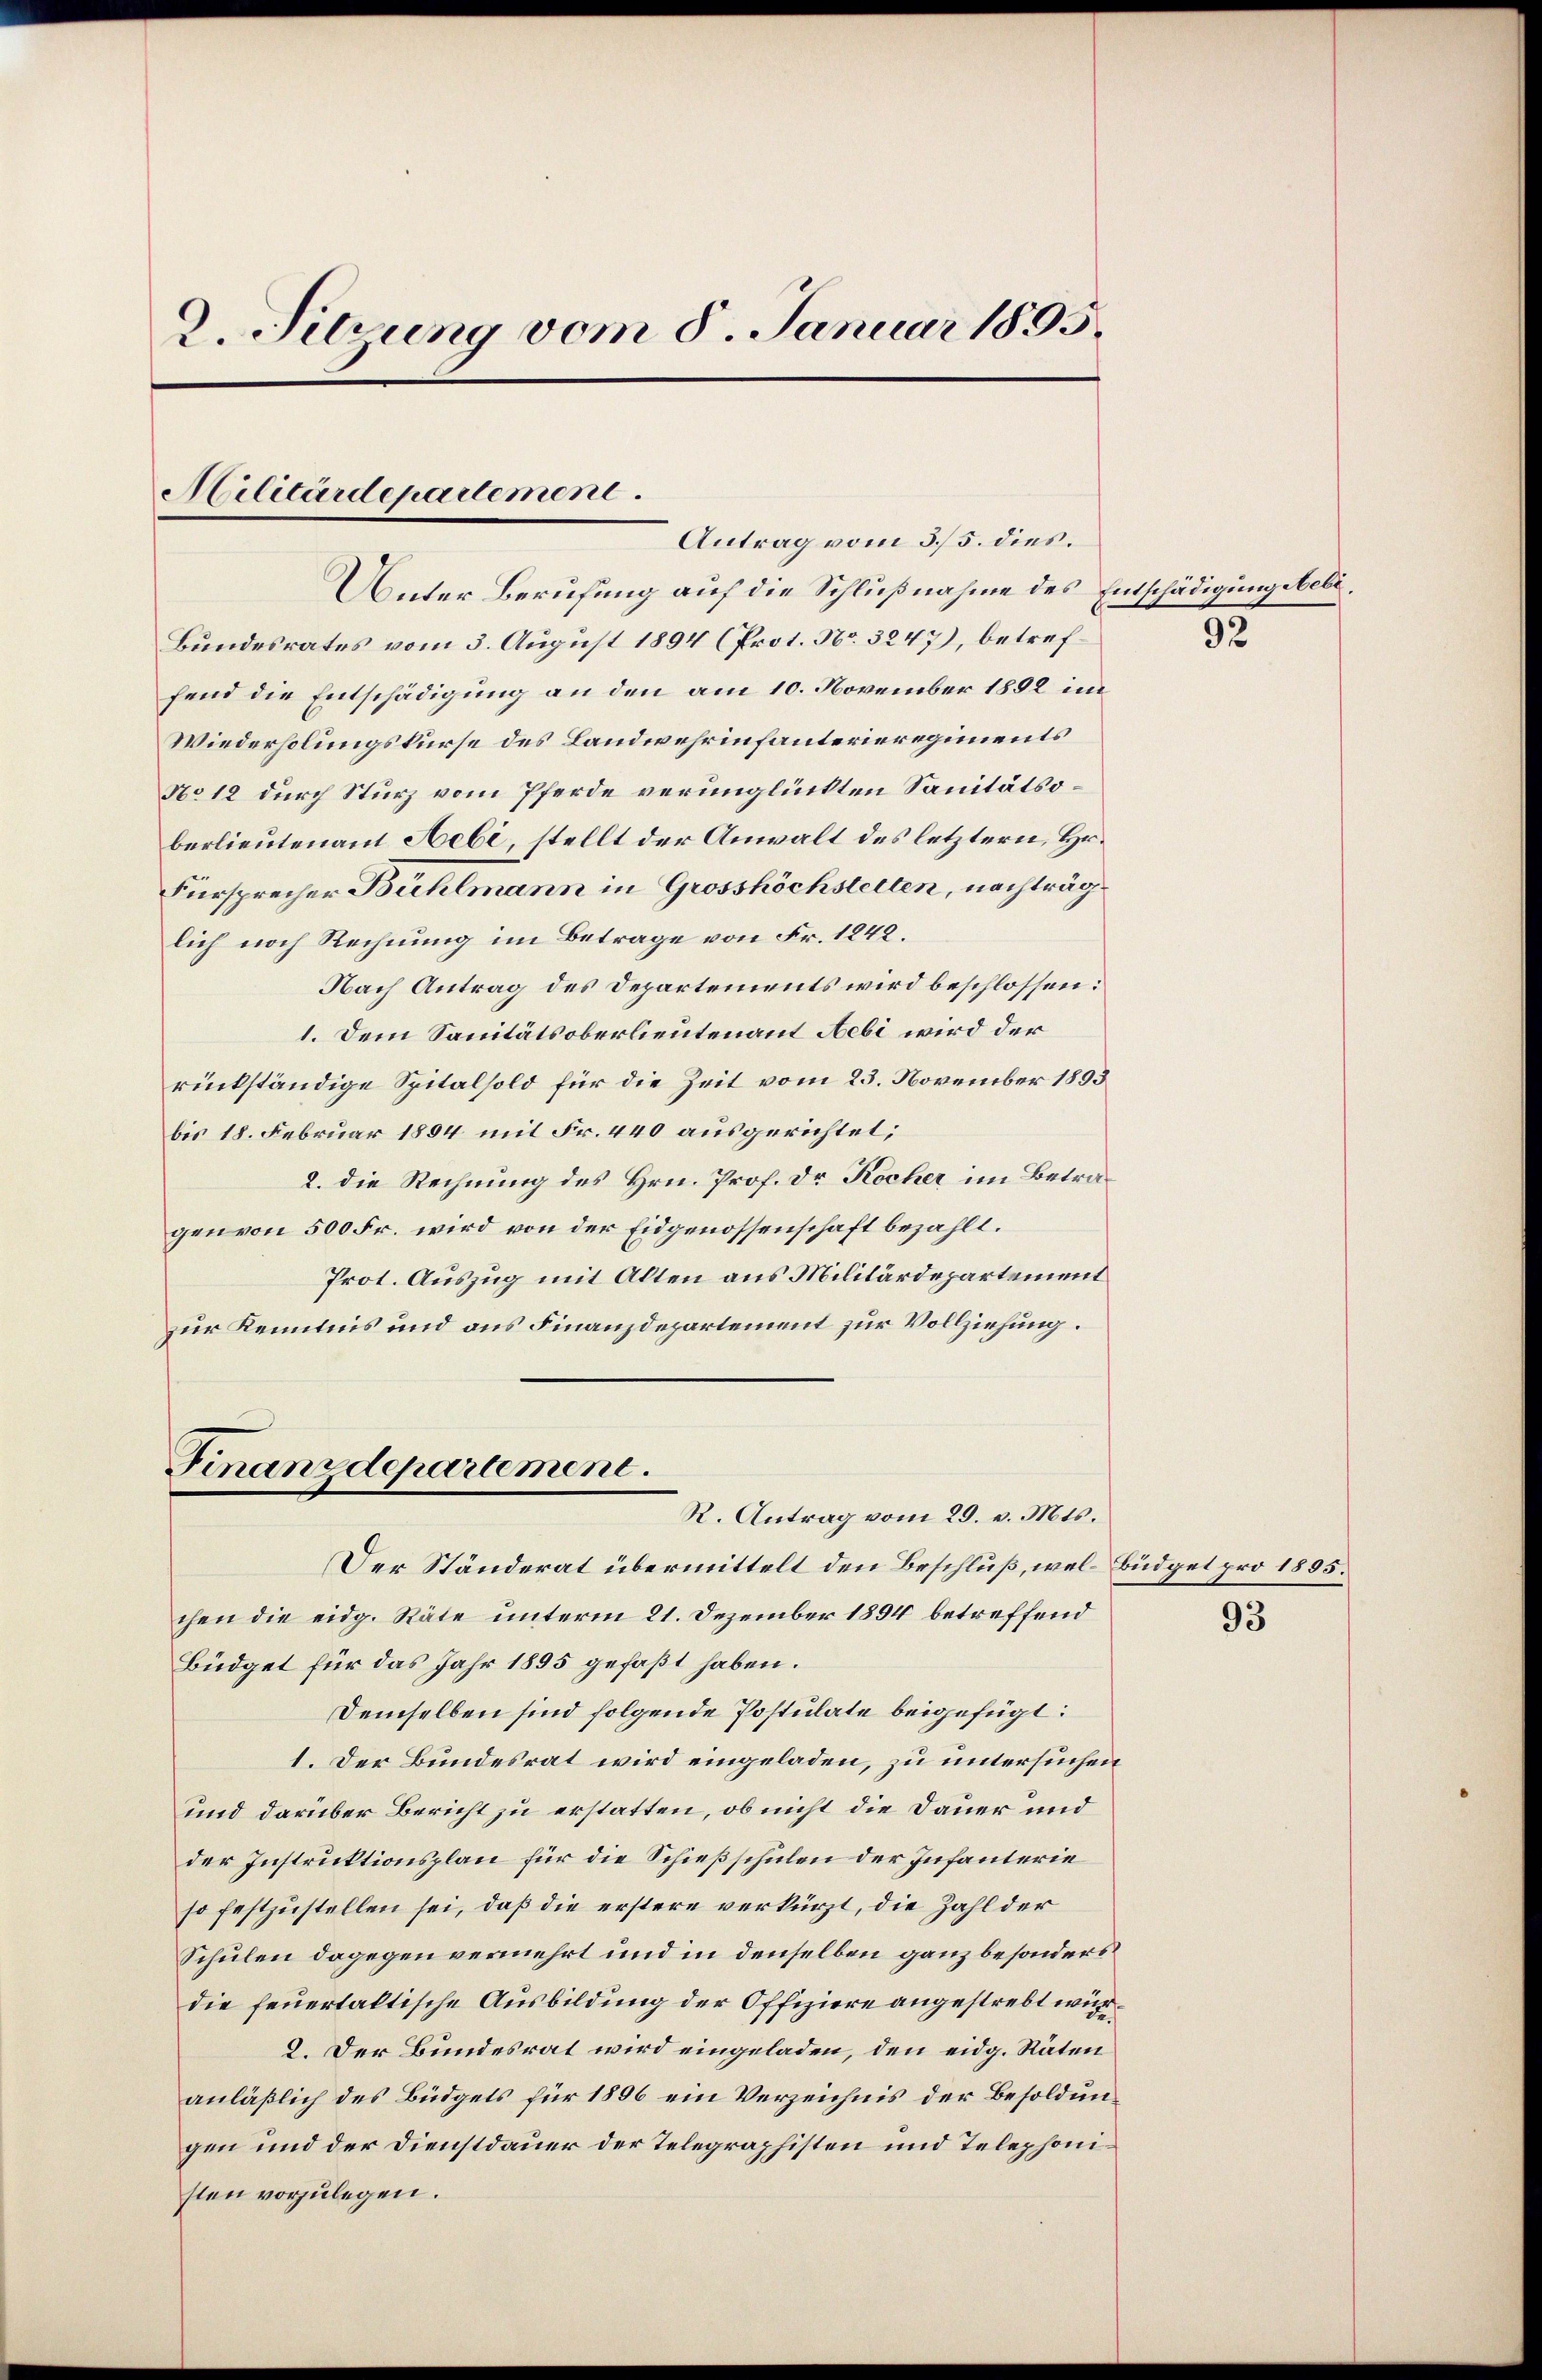
2. Sitzung vom 8. Januar 1895.

Militärdepartement.
Antrag vom 5./5. dies.

Unter Berufung auf die Schlußnahme des Entschädigung beli,
Bundesrates vom 3. August 1894 (Prot. No. 3247), betreffend die Entschädigung an den am 10. November 1892 im
Wiederholungskurse des Landwehrinfanterieregiments
No 12 durch Sturz vom Pferde verunglückten Sanitätsoberlieutenant Aebe, stellt der Anwalt des letztern, Hr.
Fürsprecher Bühlmann in Grosshöchstetten, nachträg
lich noch Rechnung im Betrage von Fr. 1242.
Nach Antrag des Departements wird beschlossen:
1. Dem Sanitätsoberlieutenant Aebi wird der
rückständige Spitalsold für die Zeit vom 23. November 1893
bis 18. Februar 1894 mit Fr. 440 ausgerichtet;
2. die Rechnung des Hrn. Prof. Dr. Kocher im Betragen von 500 Fr. wird von der Eidgenossenschaft bezahlt.
Prot. Auszug mit Alten aus Militärdepartement
zur Kenntnis und aus Finanzdepartement zur Vollziehung.

Finanzdepartement.
R. Antrag vom 29. v. Mts.

92

Der Ständerat übermittelt den Beschluß, wel- Büdget pro 1855.
chen die eidg. Räte unterm 21. Dezember 1894 betreffend
Büdget für das Jahr 1895 gefaßt haben.
Demselben sind folgende Postulate beigefügt:
1. Der Bundesrat wird eingeladen, zu untersuchen
und darüber Bericht zu erstatten, ob nicht die Dauer und
der Instruktionsplan für die Schießschulen der Infanterie
so festzustellen sei, daß die erstere verkürzt, die Zahl der
Schulen dagegen vermehrt und in denselben ganz besonders
die feuertaltische Ausbildung der Offiziere angestrebt wür¬
2. Der Bundesrat wird eingeladen, den eidg. Räten
anläßlich des Büdgets für 1896 ein Verzeichnis der Besoldungen und der Dienstdauer der Telegraphisten und Telephonisten vorzulegen.

93